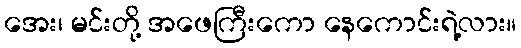
အေး၊ မင်းတို့ အဖေကြီးကော နေကောင်းရဲ့လား။